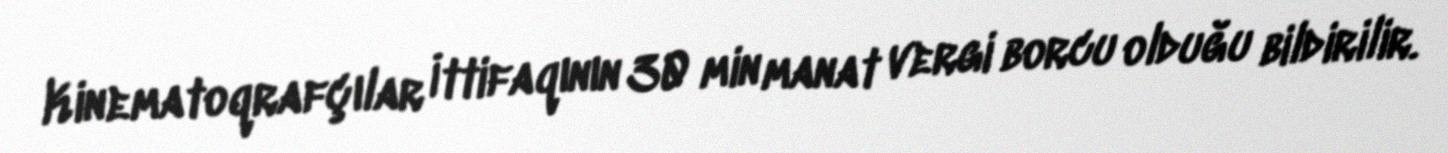
Kinematoqrafçılar İttifaqının 30 min manat vergi borcu olduğu bildirilir.